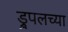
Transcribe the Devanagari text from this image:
ड्रुपलच्या